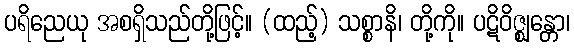
ပရိညေယု အစရှိသည်တို့ဖြင့်။ (ထည့်) သစ္စာနိ၊ တို့ကို။ ပဋိဝိဇ္ဈန္တော၊